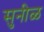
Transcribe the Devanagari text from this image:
सुनीळ